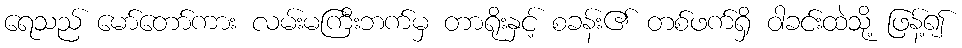
ရေသည် မော်တော်ကား လမ်းမကြီးဘက်မှ တာရိုးနှင့် စခန်း၏ တစ်ဖက်ရှိ ဝါခင်းထဲသို့ ဖြန့်၍